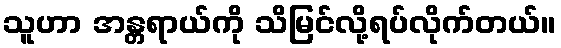
သူဟာ အန္တရာယ်ကို သိမြင်လို့ရပ်လိုက်တယ်။